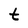
Character: t